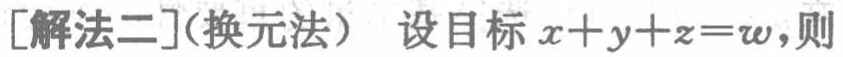
[解法二](换元法) 设目标\(x + y + z = w\)，则